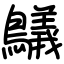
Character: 鸃